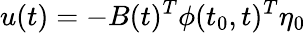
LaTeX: u(t)=-B(t)^{T}\phi(t_{0},t)^{T}\eta_{0}